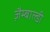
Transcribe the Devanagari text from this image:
ज़ैम्बाल्डी